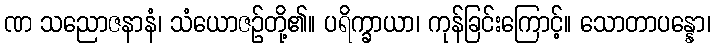
ဏ သညောဇနာနံ၊ သံယောဇဉ်တို့၏။ ပရိက္ခာယာ၊ ကုန်ခြင်းကြောင့်။ သောတာပန္နော၊